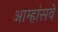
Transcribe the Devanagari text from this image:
आम्हांसवे